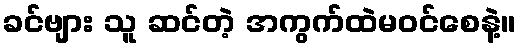
ခင်ဗျား သူ ဆင်တဲ့ အကွက်ထဲမဝင်စေနဲ့။